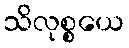
သိလုစ္စယေ